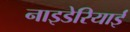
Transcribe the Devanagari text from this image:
नाइडेरियाई